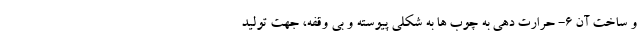
و ساخت آن 6- حرارت دهی به چوب ها به شکلی پیوسته و بی وقفه، جهت تولید